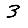
Digit: 3